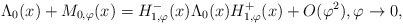
\begin{align*}\Lambda_{0}(x) + M_{0,\varphi}(x) = H_{1,\varphi}^-(x) \Lambda_{0}(x) H_{1,\varphi}^+(x) + O(\varphi^2),\varphi\to0, \end{align*}